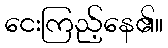
ငေးကြည့်နေ၏။